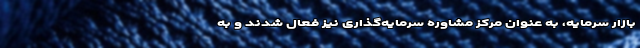
بازار سرمایه، به عنوان مرکز مشاوره سرمایه‌گذاری نیز فعال شدند و به